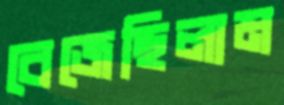
বেজেছিলাম